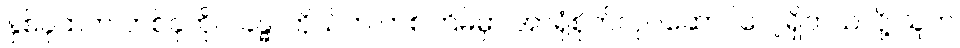
နှစ်ခုထဲက တစ်ခုကိုပဲ ခန္ဓာကိုယ်က တစ်ကြိမ်မှာ အာရုံစိုက်လုပ်ဆောင်လေ့ရှိတယ်လို့ သူက